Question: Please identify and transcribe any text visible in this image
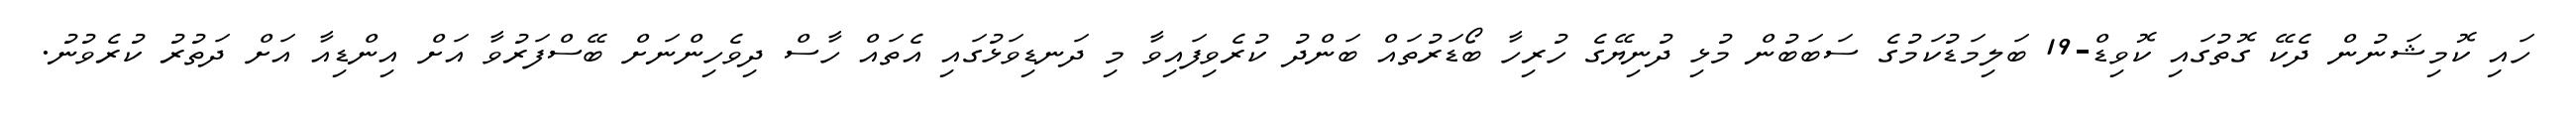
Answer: ހައި ކޮމިޝަނުން ދެކޭ ގޮތުގައި ކޮވިޑް-19 ބަލިމަޑުކަމުގެ ސަބަބުން މުޅި ދުނިޔޭގެ ހުރިހާ ބޯޑަރުތައް ބަންދު ކުރެވިފައިވާ މި ދަނޑިވަޅުގައި އެތައް ހާސް ދިވެހިންނަށް ބޭސްފަރުވާ އަށް އިންޑިއާ އަށް ދަތުރު ކުރެވުނު.